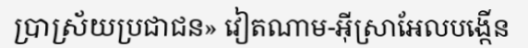
ប្រាស្រ័យប្រជាជន» វៀតណាម-អ៊ីស្រាអែលបង្កើន